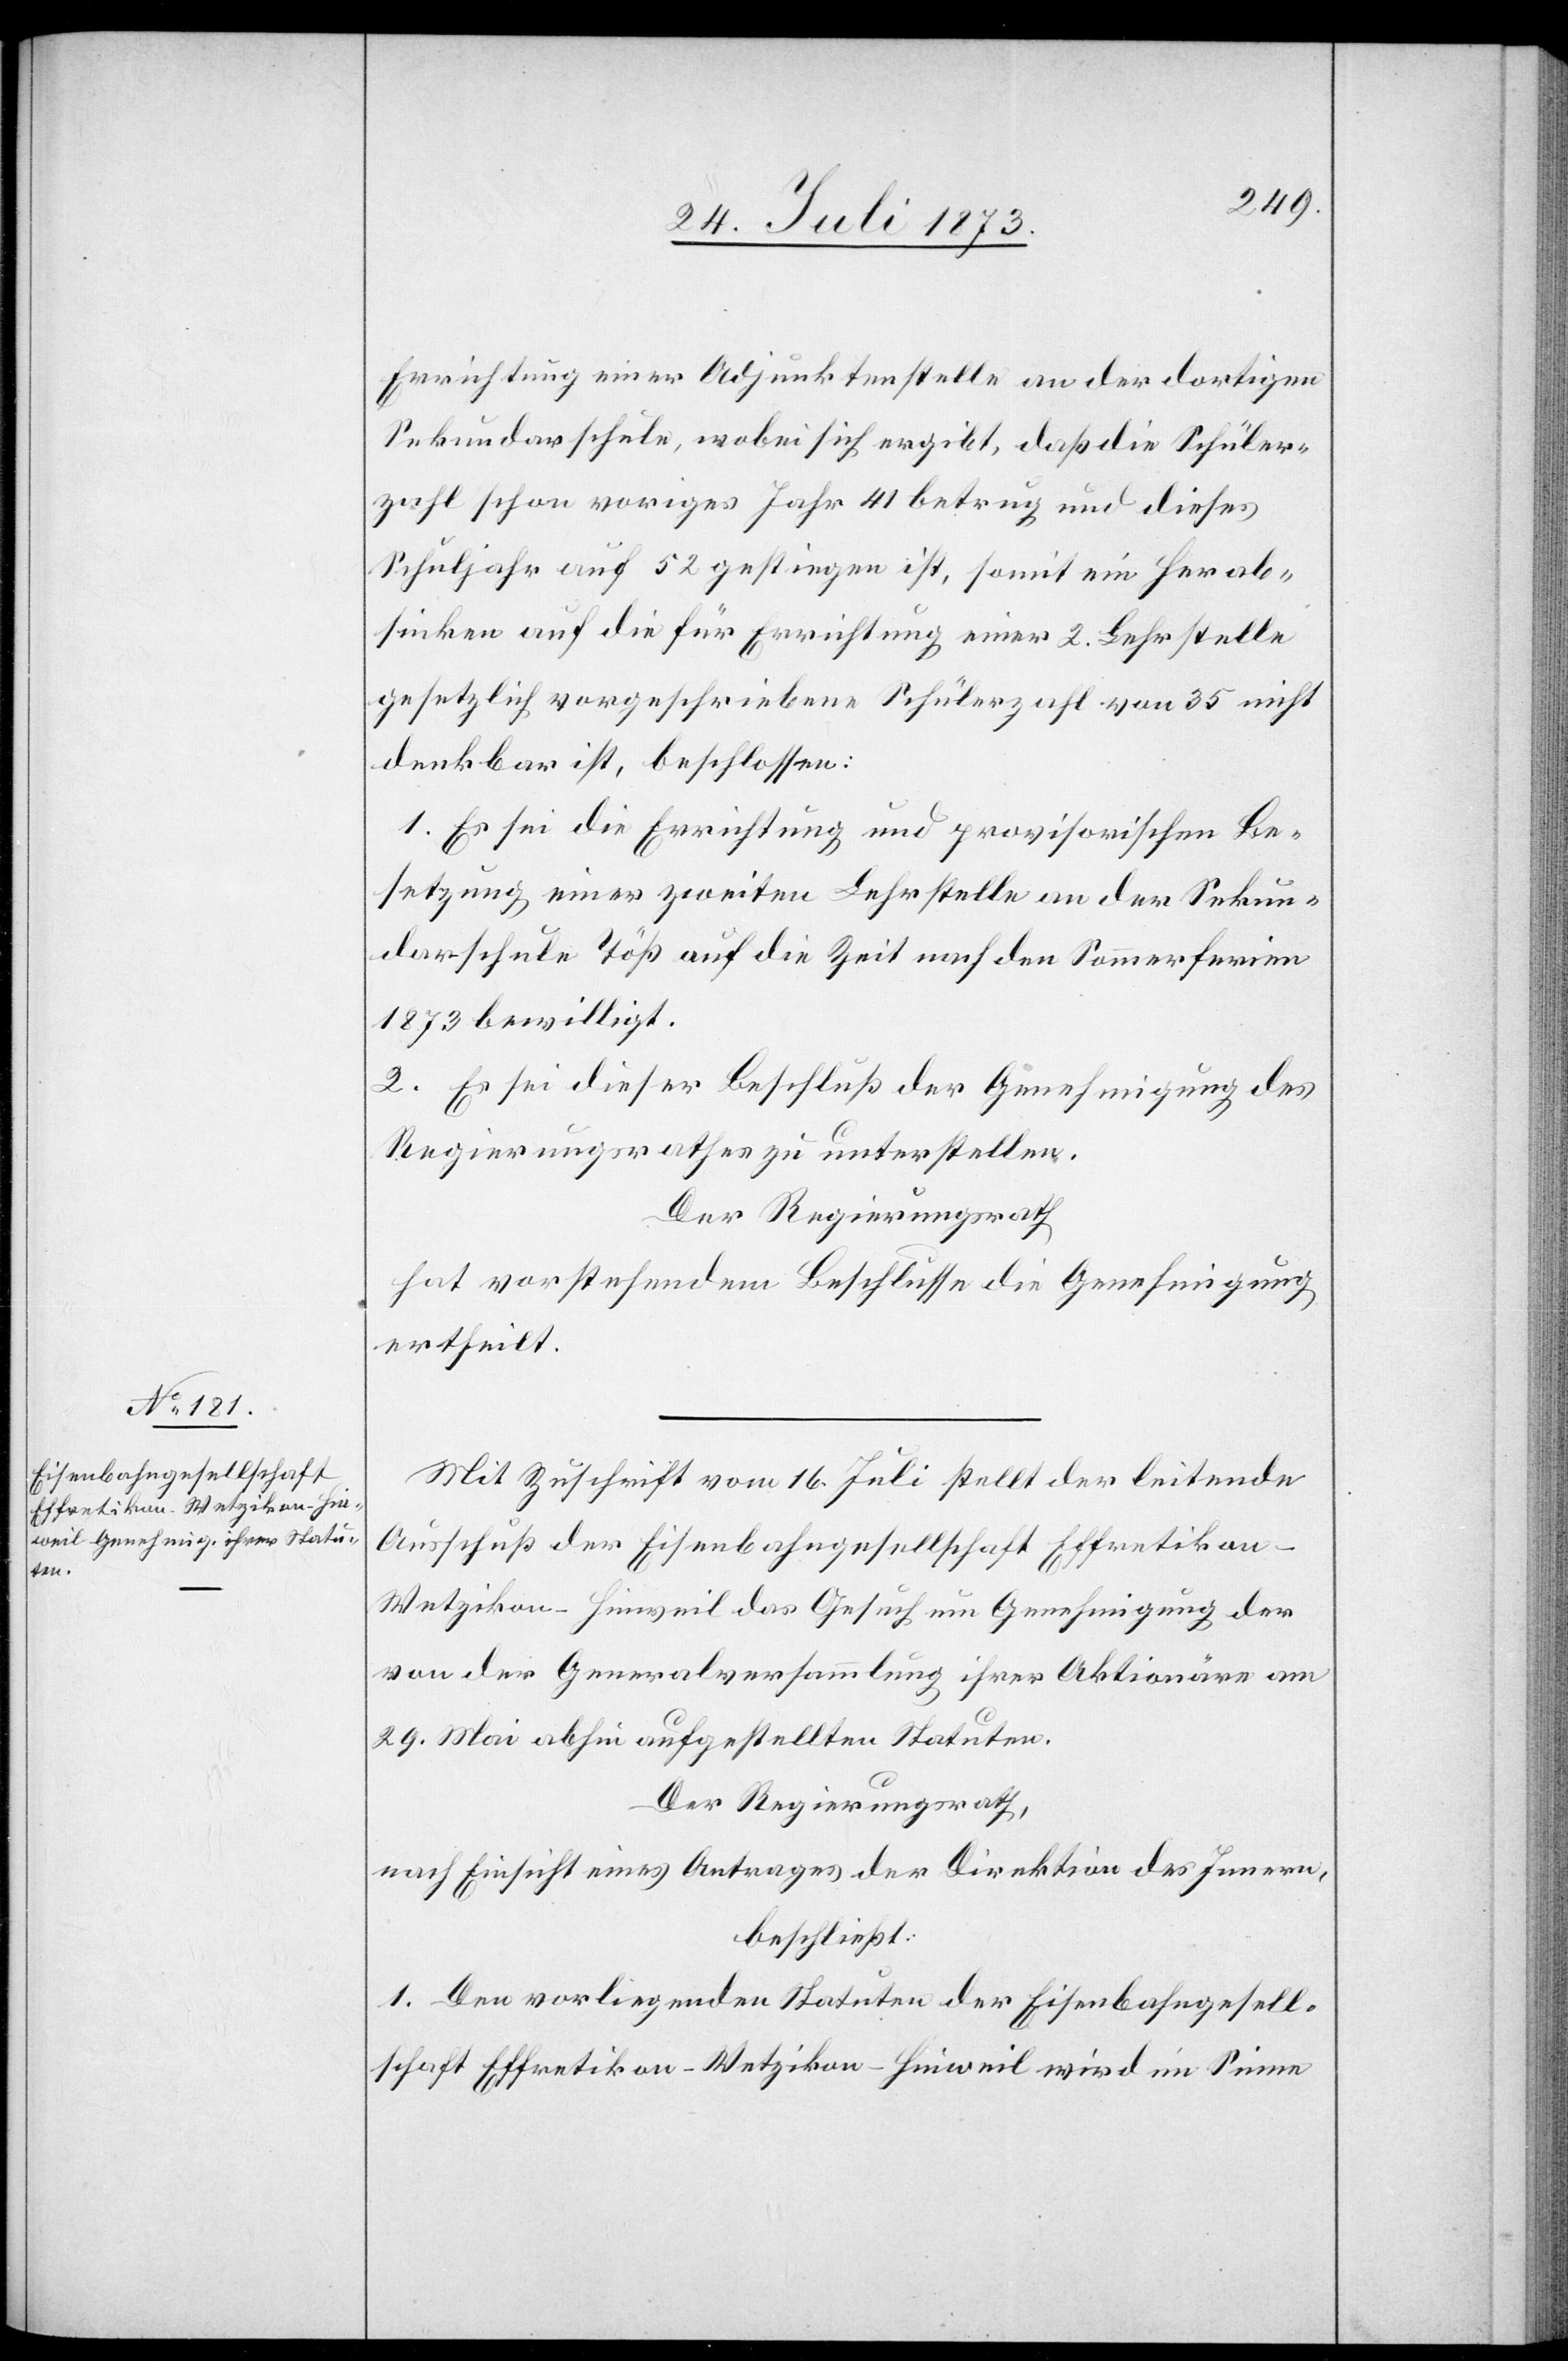
ic!]

Errichtung einer Adjunktenstelle an der dortigen
Sekundarschule, wobei sich ergibt, daß die Schüler¬
zahl schon voriges Jahr 41 betrug und diese
Schuljahr auf 52 gestiegen ist, somit ein Herab¬
sinken auf die für Errichtung einer 2. Lehrstelle
gesetzlich vorgeschriebene Schülerzahl von 35 nicht
denkbar ist, beschlossen:
1. Es sei die Errichtung und provisorischen [s¬
Besetzung einer zweiten Lehrstelle an der Sekun¬
darschule Töß auf die Zeit nach den Sommerferien
1873 bewilligt.
2. Es sei dieser Beschluß der Genehmigung des
Regierungsrathes zu unterstellen.
Der Regierungsrath
hat vorstehendem Beschlusse die Genehmigung
ertheilt.
Mit Zuschrift vom 16. Juli stellt der leitende
Ausschuß der Eisenbahngesellschaft Effretikon–W¬
etzikon–Hinweil das Gesuch um Genehmigung der
von der Generalversammlung ihrer Aktionäre am
29. Mai abhin aufgestellten Statuten.
Der Regierungsrath,
nach Einsicht eines Antrages der Direktion des Innern,
beschließt:
1. Den vorliegenden Statuten der Eisenbahngesell¬
schaft Effretikon–Wetzikon–Hinweil wird im Sinne